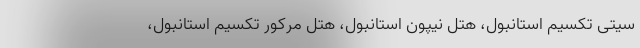
سیتی تکسیم استانبول، هتل نیپون استانبول، هتل مرکور تکسیم استانبول،